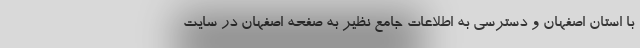
با استان اصفهان و دسترسی به اطلاعات جامع نظیر به صفحه اصفهان در سایت